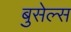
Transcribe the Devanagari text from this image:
बुसेल्स